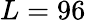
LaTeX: L=96